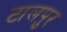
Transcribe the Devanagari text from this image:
टालपुर